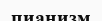
пианизм